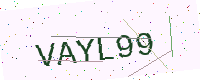
Text: VAYL99